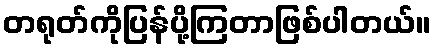
တရုတ်ကိုပြန်ပို့ကြတာဖြစ်ပါတယ်။